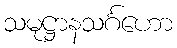
သမုဋ္ဌာနသင်္ဂဟော